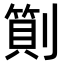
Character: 𠟬